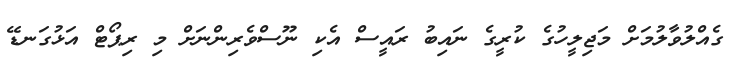
ގެއްލުވާލުމަށް މަޖިލީހުގެ ކުރީގެ ނައިބު ރައީސް އެކި ނޫސްވެރިންނަށް މި ރިޕޯޓް އަޅުގަނޑޭ